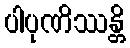
ပါပုဏိဿန္တိ